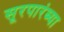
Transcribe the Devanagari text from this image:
सूरपारंब्या